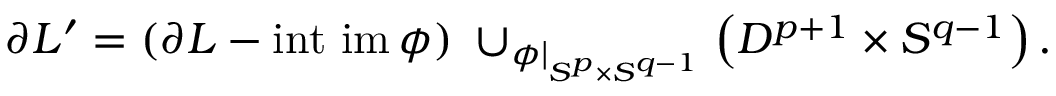
\partial L ^ { \prime } = ( \partial L - \operatorname { i n t ~ i m } \phi ) \; \cup _ { \phi | _ { S ^ { p } \times S ^ { q - 1 } } } \left( D ^ { p + 1 } \times S ^ { q - 1 } \right) .